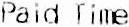
PAID TIME